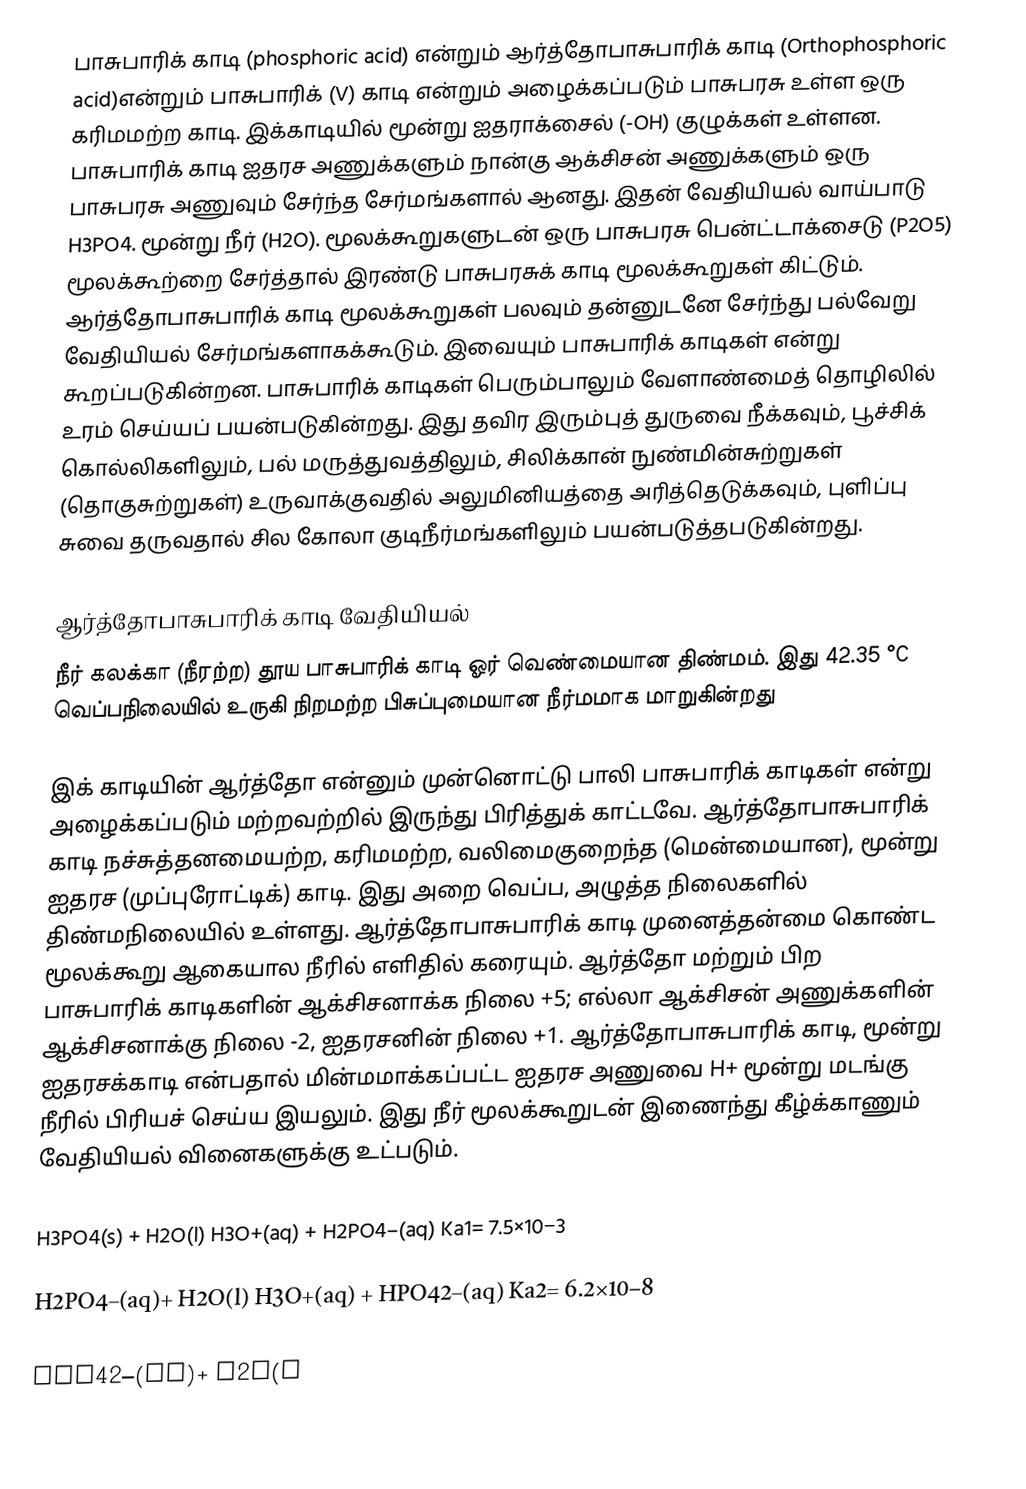
பாசுபாரிக் காடி (phosphoric acid) என்றும் ஆர்த்தோபாசுபாரிக் காடி (Orthophosphoric acid)என்றும் பாசுபாரிக் (V) காடி என்றும் அழைக்கப்படும் பாசுபரசு உள்ள ஒரு கரிமமற்ற காடி. இக்காடியில் மூன்று ஐதராக்சைல் (-OH) குழுக்கள் உள்ளன. பாசுபாரிக் காடி ஐதரச அணுக்களும் நான்கு ஆக்சிசன் அணுக்களும் ஒரு பாசுபரசு அணுவும் சேர்ந்த சேர்மங்களால் ஆனது. இதன் வேதியியல் வாய்பாடு H3PO4. மூன்று நீர் (H2O).  மூலக்கூறுகளுடன்  ஒரு பாசுபரசு பென்ட்டாக்சைடு (P2O5) மூலக்கூற்றை சேர்த்தால் இரண்டு பாசுபரசுக் காடி மூலக்கூறுகள் கிட்டும். ஆர்த்தோபாசுபாரிக் காடி மூலக்கூறுகள் பலவும் தன்னுடனே சேர்ந்து பல்வேறு வேதியியல் சேர்மங்களாகக்கூடும். இவையும் பாசுபாரிக் காடிகள் என்று கூறப்படுகின்றன. பாசுபாரிக் காடிகள் பெரும்பாலும் வேளாண்மைத் தொழிலில் உரம் செய்யப் பயன்படுகின்றது. இது தவிர இரும்புத் துருவை நீக்கவும், பூச்சிக் கொல்லிகளிலும், பல் மருத்துவத்திலும், சிலிக்கான் நுண்மின்சுற்றுகள் (தொகுசுற்றுகள்) உருவாக்குவதில் அலுமினியத்தை அரித்தெடுக்கவும், புளிப்பு சுவை தருவதால் சில கோலா குடிநீர்மங்களிலும் பயன்படுத்தபடுகின்றது.

ஆர்த்தோபாசுபாரிக் காடி வேதியியல்
நீர் கலக்கா (நீரற்ற) தூய பாசுபாரிக் காடி ஓர் வெண்மையான திண்மம். இது 42.35 °C வெப்பநிலையில் உருகி நிறமற்ற பிசுப்புமையான நீர்மமாக மாறுகின்றது

இக் காடியின் ஆர்த்தோ என்னும் முன்னொட்டு பாலி பாசுபாரிக் காடிகள் என்று அழைக்கப்படும் மற்றவற்றில் இருந்து பிரித்துக் காட்டவே. ஆர்த்தோபாசுபாரிக் காடி நச்சுத்தனமையற்ற, கரிமமற்ற, வலிமைகுறைந்த (மென்மையான), மூன்று ஐதரச (முப்புரோட்டிக்) காடி. இது அறை வெப்ப, அழுத்த நிலைகளில் திண்மநிலையில் உள்ளது.  ஆர்த்தோபாசுபாரிக் காடி முனைத்தன்மை கொண்ட மூலக்கூறு ஆகையால நீரில் எளிதில் கரையும். ஆர்த்தோ மற்றும் பிற பாசுபாரிக் காடிகளின் ஆக்சிசனாக்க நிலை +5; எல்லா ஆக்சிசன் அணுக்களின் ஆக்சிசனாக்கு நிலை -2, ஐதரசனின் நிலை +1. ஆர்த்தோபாசுபாரிக் காடி, மூன்று ஐதரசக்காடி என்பதால் மின்மமாக்கப்பட்ட ஐதரச அணுவை H+ மூன்று மடங்கு நீரில் பிரியச் செய்ய இயலும். இது நீர் மூலக்கூறுடன் இணைந்து கீழ்க்காணும் வேதியியல் வினைகளுக்கு உட்படும்.

H3PO4(s)   + H2O(l)  H3O+(aq) + H2PO4–(aq)       Ka1= 7.5×10−3

H2PO4–(aq)+ H2O(l)  H3O+(aq) + HPO42–(aq)       Ka2= 6.2×10−8

HPO42–(aq)+ H2O(l